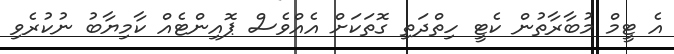
އެ ޓީމް މުބާރާތުން ކެޓީ ހިތްދަތި ގޮތަކަށް އެއްވެސް ޕޮއިންޓެއް ކާމިޔާބު ނުކުރެވި